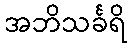
အဘိသင်္ခရိ